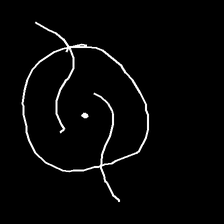
Glyph: repetition